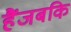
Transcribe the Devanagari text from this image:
हैंजबकि